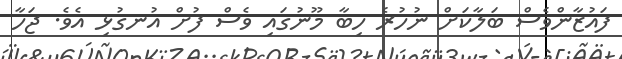
ފައުޒާންވެސް ބަލާކަށް ނުހުރެ ހިބާ މޫނުގައި ވެސް ފުށް އުނގުޅި އެވެ. ޖަހާ